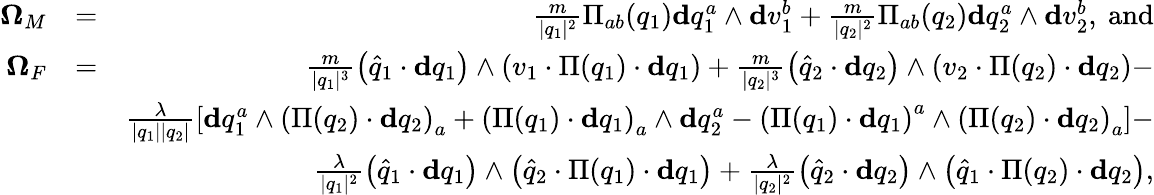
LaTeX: \begin{array}{rlr}{\mathbf{\Omega}_{M}}&{=}&{\frac{m}{\vert q_{1}\vert^{2}}\Pi_{ab}(q_{1})\mathbf{d}q_{1}^{a}\wedge\mathbf{d}v_{1}^{b}+\frac{m}{\vert q_{2}\vert^{2}}\Pi_{ab}(q_{2})\mathbf{d}q_{2}^{a}\wedge\mathbf{d}v_{2}^{b},\mathrm{~and}}\\ {\mathbf{\Omega}_{F}}&{=}&{\frac{m}{\vert q_{1}\vert^{3}}\left(\widehat{q}_{1}\cdot\mathbf{d}q_{1}\right)\wedge\left(v_{1}\cdot\Pi(q_{1})\cdot\mathbf{d}q_{1}\right)+\frac{m}{\vert q_{2}\vert^{3}}\left(\widehat{q}_{2}\cdot\mathbf{d}q_{2}\right)\wedge\left(v_{2}\cdot\Pi(q_{2})\cdot\mathbf{d}q_{2}\right)-}\\ &{}&{\frac{\lambda}{\vert q_{1}\vert\vert q_{2}\vert}\left[\mathbf{d}q_{1}^{a}\wedge\left(\Pi(q_{2})\cdot\mathbf{d}q_{2}\right)_{a}+\left(\Pi(q_{1})\cdot\mathbf{d}q_{1}\right)_{a}\wedge\mathbf{d}q_{2}^{a}-\left(\Pi(q_{1})\cdot\mathbf{d}q_{1}\right)^{a}\wedge\left(\Pi(q_{2})\cdot\mathbf{d}q_{2}\right)_{a}\right]-}\\ &{}&{\frac{\lambda}{\vert q_{1}\vert^{2}}\left(\widehat{q}_{1}\cdot\mathbf{d}q_{1}\right)\wedge\left(\widehat{q}_{2}\cdot\Pi(q_{1})\cdot\mathbf{d}q_{1}\right)+\frac{\lambda}{\vert q_{2}\vert^{2}}\left(\widehat{q}_{2}\cdot\mathbf{d}q_{2}\right)\wedge\left(\widehat{q}_{1}\cdot\Pi(q_{2})\cdot\mathbf{d}q_{2}\right),}\end{array}